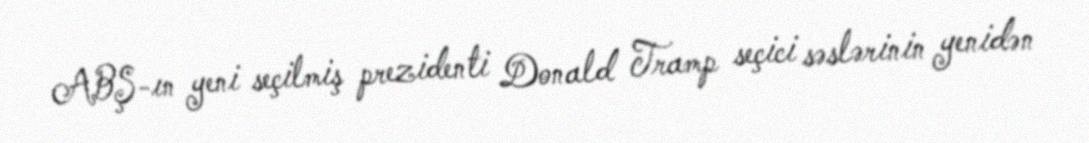
ABŞ-ın yeni seçilmiş prezidenti Donald Tramp seçici səslərinin yenidən